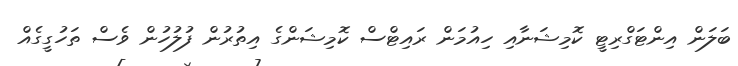
ބަލަން އިންޓަގްރިޓީ ކޮމިޝަނާއި ހިއުމަން ރައިޓްސް ކޮމިޝަންގެ އިތުރުން ފުލުހުން ވެސް ތަހުގީގެއް